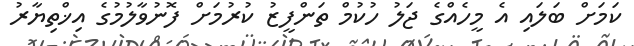
ކަމަށް ބަލައި އެ މީހެއްގެ ޖަލު ހުކުމް ތަންފީޒު ކުރުމަށް ފޮނުވާލުމުގެ އިޚްތިޔާރު